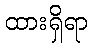
ထားရှိရာ